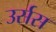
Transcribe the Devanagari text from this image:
उर्सस